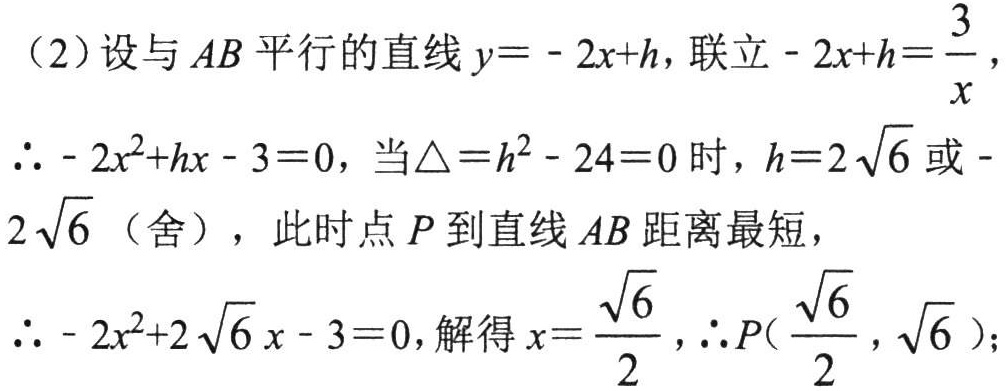
（2）设与 \(AB\) 平行的直线 \(y = - 2x + h\)，联立\(- 2x + h=\dfrac{3}{x}\)，
\(\therefore - 2x^{2}+hx - 3 = 0\)，当\(\triangle=h^{2}-24 = 0\) 时，\(h = 2\sqrt{6}\) 或 \(-2\sqrt{6}\)（舍），此时点 \(P\) 到直线 \(AB\) 距离最短，
\(\therefore - 2x^{2}+2\sqrt{6}x - 3 = 0\)，解得 \(x=\dfrac{\sqrt{6}}{2}\)，\(\therefore P(\dfrac{\sqrt{6}}{2},\sqrt{6})\)；